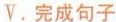
V.完成句子